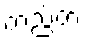
တည်တံ့